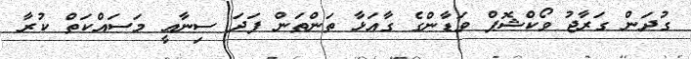
ގުދަން ގަރާޖު ވޯކްޝޮޕް ވަޑާންގެ ގާއަޅާ ތަންތަން ފަދަ ސިނާޢީ މަސައްކަތް ކުރާ